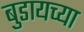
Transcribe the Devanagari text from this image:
बुडायच्या